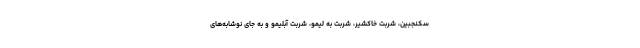
سکنجبین، شربت خاکشیر، شربت به لیمو، شربت آبلیمو و به جای نوشابه‌های